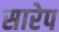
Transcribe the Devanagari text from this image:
सारेप